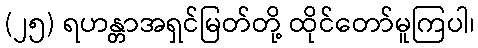
(၂၅) ရဟန္တာအရှင်မြတ်တို့ ထိုင်တော်မူကြပါ၊